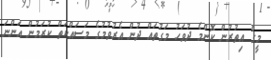
މީގެ އިތުރުން ކޮންމެ ދުވަހު މަގުތައް ދުން އެރުވުމުގެ މަސައްކަތް ކުރަމުން އަންނަ